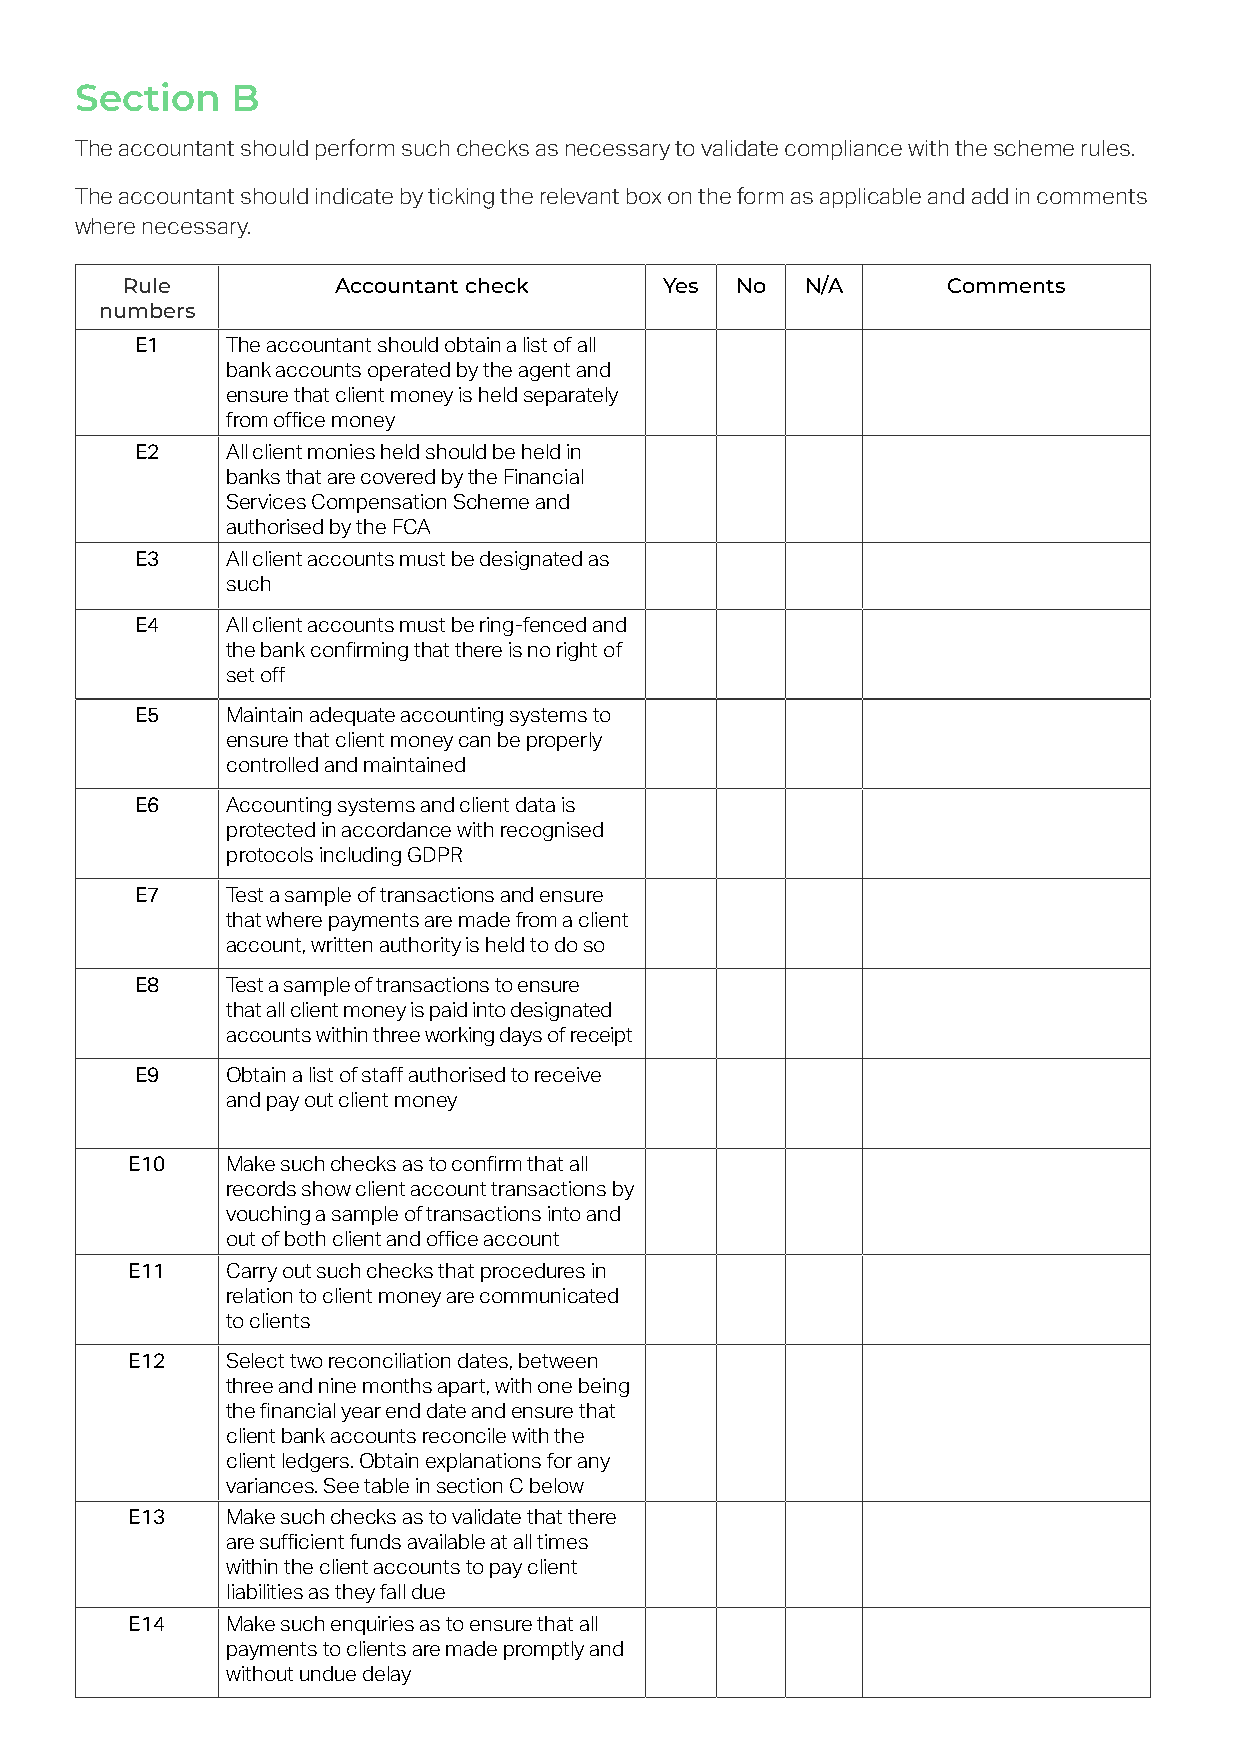
Section   B
 The accountant should perform such checks as necessary to validate compliance with the scheme rules.
 The accountant should indicate by ticking the relevant box on the form as applicable and add in comments
 where necessary.
 Rule          Accountant check      Yes  No  N/A       Comments
 numbers
 E1    The accountant should obtain a list of all
 bank accounts operated by the agent and
 ensure that client money is held separately
 from office money
 E2    All client monies held should be held in
 banks that are covered by the Financial
 Services Compensation Scheme and
 authorised by the FCA
 E3    All client accounts must be designated as
 such
 E4    All client accounts must be ring-fenced and
 the bank confirming that there is no right of
 set off
 E5    Maintain adequate accounting systems to
 ensure that client money can be properly
 controlled and maintained
 E6    Accounting systems and client data is
 protected in accordance with recognised
 protocols including GDPR
 E7    Test a sample of transactions and ensure
 that where payments are made from a client
 account, written authority is held to do so
 E8    Test a sample of transactions to ensure
 that all client money is paid into designated
 accounts within three working days of receipt
 E9    Obtain a list of staff authorised to receive
 and pay out client money
 E10    Make such checks as to confirm that all
 records show client account transactions by
 vouching a sample of transactions into and
 out of both client and office account
 E11    Carry out such checks that procedures in
 relation to client money are communicated
 to clients
 E12    Select two reconciliation dates, between
 three and nine months apart, with one being
 the financial year end date and ensure that
 client bank accounts reconcile with the
 client ledgers. Obtain explanations for any
 variances. See table in section C below
 E13    Make such checks as to validate that there
 are sufficient funds available at all times
 within the client accounts to pay client
 liabilities as they fall due
 E14    Make such enquiries as to ensure that all
 payments to clients are made promptly and
 without undue delay